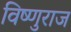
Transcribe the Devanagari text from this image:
विष्णुराज